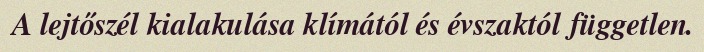
A lejtőszél kialakulása klímától és évszaktól független.